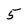
Character: 5